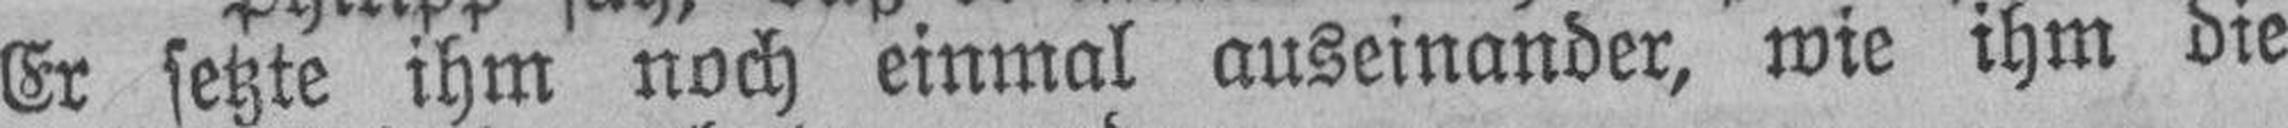
Er setzte ihm noch einmal auseinander, wie ihm die